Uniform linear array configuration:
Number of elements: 64
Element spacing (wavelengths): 0.5
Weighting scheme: hann
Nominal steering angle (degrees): -30
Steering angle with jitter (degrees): -29.678
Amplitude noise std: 0.05
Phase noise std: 0.05

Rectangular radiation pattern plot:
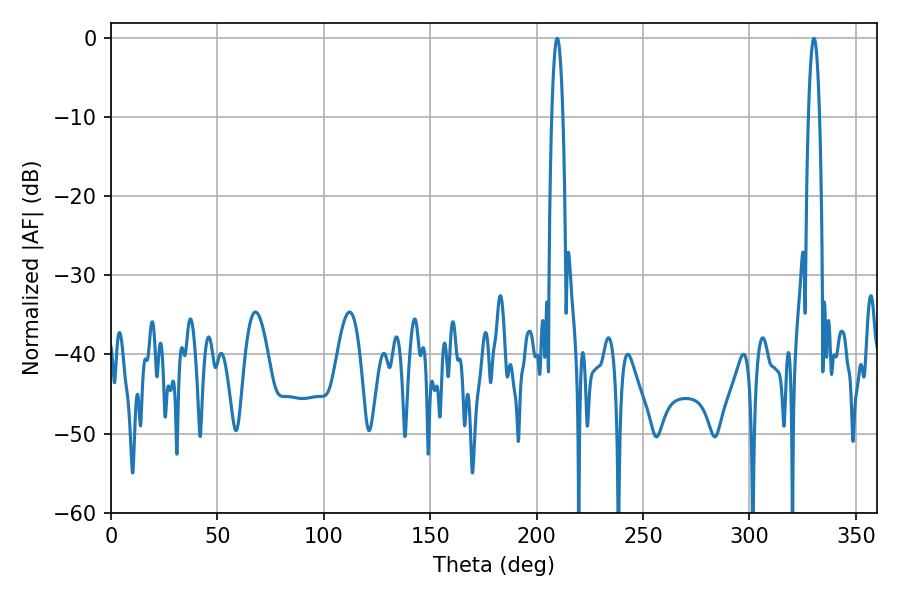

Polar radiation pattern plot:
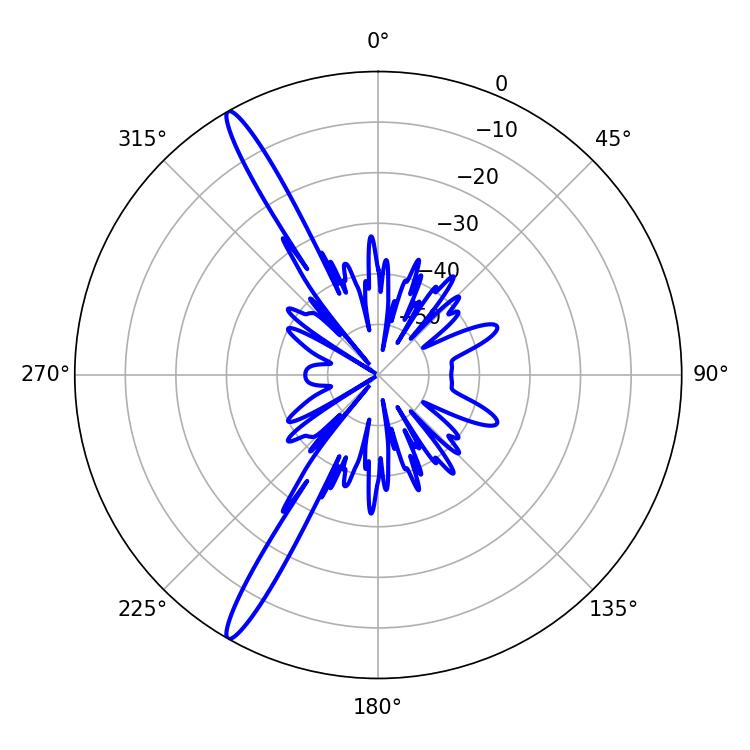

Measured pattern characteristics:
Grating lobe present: FALSE
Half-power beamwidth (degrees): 2.88
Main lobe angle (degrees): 330.3